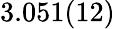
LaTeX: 3.051(12)